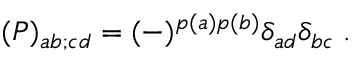
( { \cal P } ) _ { a b ; c d } = ( - ) ^ { p ( a ) p ( b ) } \delta _ { a d } \delta _ { b c } \; .